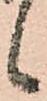
候